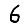
Digit: 6